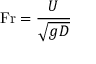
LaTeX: { \mathrm { F r } } = { \frac { U } { \sqrt { g D } } }